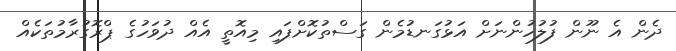
ދެން އެ ނޫން ފުލުހުންނަށް އަޅުގަނޑުމެން ގަސްތުކޮށްފައި މިއޮތީ އެއް ދުވަހުގެ ޕްރޮގުރާމުތަކެއް